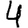
Digit: 4